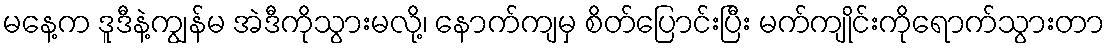
မနေ့က ဒူဒီနဲ့ကျွန်မ အဲဒီကိုသွားမလို့၊ နောက်ကျမှ စိတ်ပြောင်းပြီး မက်ကျိုင်းကိုရောက်သွားတာ